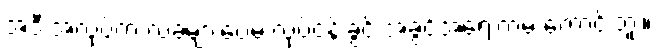
အဲဒီ အလုပ်က လခများပေမဲ့ လုပ်ငန်းခွင် အခွင့်အရေးကမ ကောင်းဘူး။